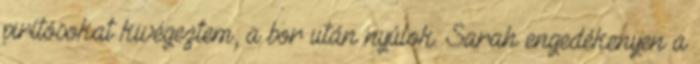
pirítósokat kivégeztem, a bor után nyúlok. Sarah engedékenyen a